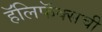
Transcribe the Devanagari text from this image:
हॅलिफॅक्सची